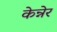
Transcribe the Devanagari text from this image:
केन्नेर